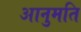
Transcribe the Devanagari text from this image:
आनुमति